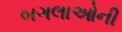
બગલાઓની